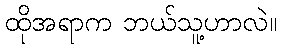
ထိုအရာက ဘယ်သူ့ဟာလဲ။